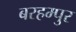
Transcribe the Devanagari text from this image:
बरहम्पुर